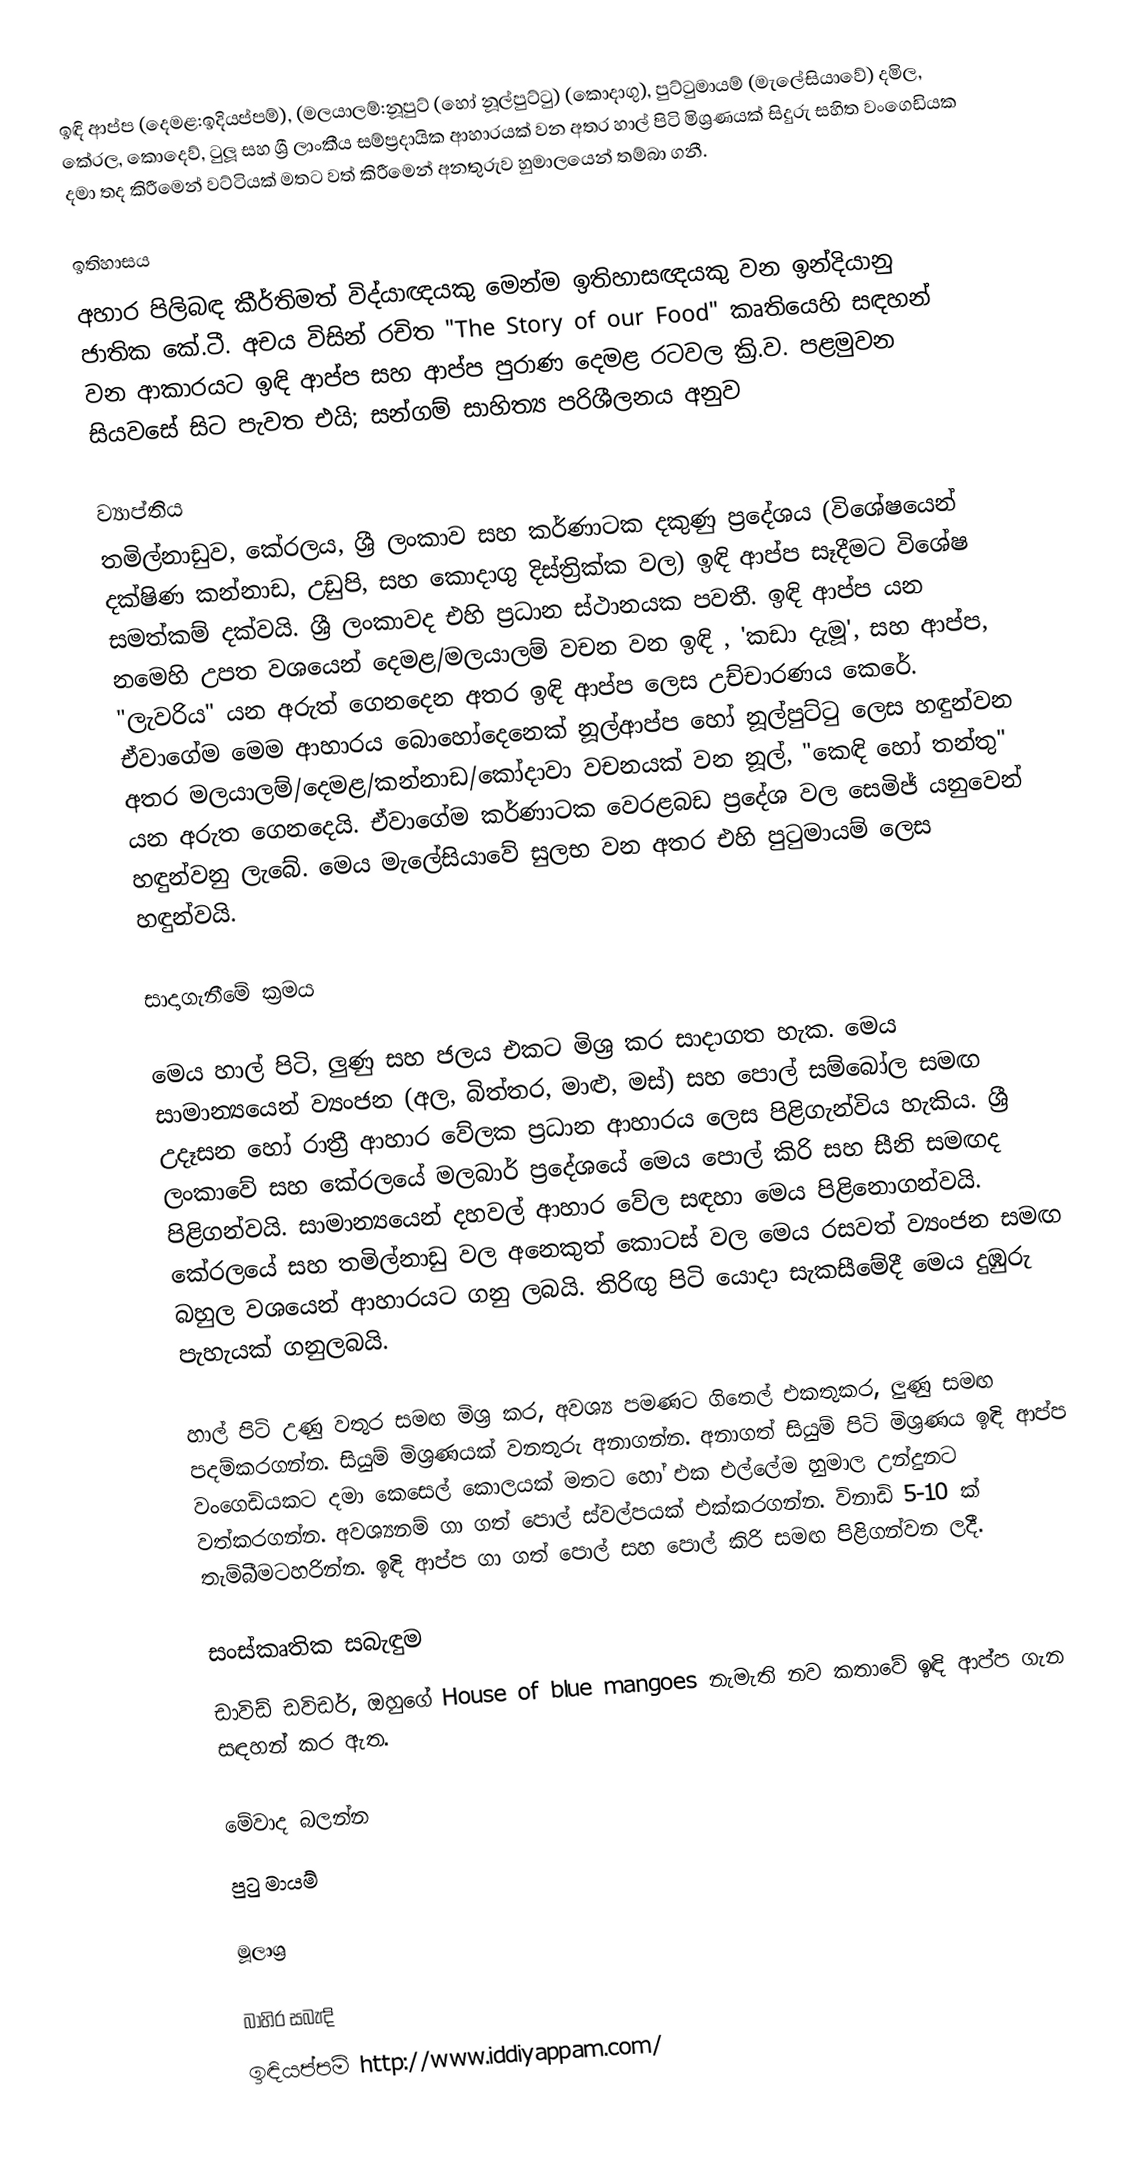
ඉඳි ආප්ප (දෙමළ:ඉදියප්පම්), (මලයාලම්:නූපුට් (හෝ නූල්පුට්ටු) (කොදාගු), පුට්ටුමායම් (මැලේසියාවේ) දමිල, කේරල, කොදෙව්, ටුලූ සහ  ශ්‍රී ලාංකීය සම්ප්‍රදායික  ආහාරයක් වන අතර හාල් පිටි මිශ්‍රණයක් සිදුරු සහිත වංගෙඩියක දමා තද කිරීමෙන් වට්ටියක් මතට වත් කිරීමෙන් අනතුරුව හුමාලයෙන් තම්බා ගනී.

ඉතිහාසය
අහාර පිලිබඳ කීර්තිමත් විද්යාඥයකු මෙන්ම ඉතිහාසඥයකු වන ඉන්දියානු ජාතික කේ.ටී. අචය විසින් රචිත "The Story of our Food" කෘතියෙහි සඳහන් වන ආකාරයට ඉඳි ආප්ප සහ ආප්ප පුරාණ දෙමළ රටවල ක්‍රි.ව. පළමුවන සියවසේ සිට පැවත එයි; සන්ගම් සාහිත්‍ය පරිශීලනය අනුව

ව්‍යාප්තිය
තමිල්නාඩුව, කේරලය, ශ්‍රී ලංකාව සහ කර්ණාටක දකුණු ප්‍රදේශය (විශේෂයෙන් දක්ෂිණ කන්නාඩ, උඩුපි, සහ කොදාගු දිස්ත්‍රික්ක වල) ඉඳි ආප්ප සෑදීමට විශේෂ සමත්කම් දක්වයි. ශ්‍රී ලංකාවද එහි ප්‍රධාන ස්ථානයක පවතී. ඉඳි ආප්ප යන නමෙහි උපත වශයෙන් දෙමළ/මලයාලම් වචන වන ඉඳි , 'කඩා දැමූ', සහ ආප්ප, "ලැවරිය" යන අරුත් ගෙනදෙන අතර ඉඳි ආප්ප ලෙස උච්චාරණය කෙරේ.  ඒවාගේම මෙම ආහාරය බොහෝදෙනෙක් නූල්ආප්ප හෝ නූල්පුට්ටු ලෙස හඳුන්වන අතර මලයාලම්/දෙමළ/කන්නාඩ/කෝදාවා වචනයක් වන නූල්, "කෙඳි හෝ තන්තු" යන අරුත ගෙනදෙයි.  ඒවාගේම කර්ණාටක වෙරළබඩ ප්‍රදේශ වල සෙමිජ් යනුවෙන් හඳුන්වනු  ලැබේ. මෙය මැලේසියාවේ සුලභ වන අතර එහි පුටුමායම් ලෙස හඳුන්වයි.

සාදාගැනීමේ ක්‍රමය

මෙය හාල් පිටි, ලුණු සහ ජලය එකට මිශ්‍ර කර සාදාගත හැක. මෙය සාමාන්‍යයෙන් ව්‍යංජන (අල, බිත්තර, මාළු, මස්) සහ පොල් සම්බෝල සමඟ උදෑසන හෝ රාත්‍රී ආහාර වේලක ප්‍රධාන ආහාරය ලෙස පිළිගැන්විය හැකිය. ශ්‍රී ලංකාවේ සහ කේරලයේ මලබාර් ප්‍රදේශයේ මෙය පොල් කිරි සහ සීනි සමඟද පිළිගන්වයි. සාමාන්‍යයෙන් දහවල් ආහාර වේල සඳහා මෙය පිළිනොගන්වයි.  කේරලයේ සහ තමිල්නාඩු වල අනෙකුත් කොටස් වල මෙය රසවත් ව්‍යංජන සමඟ බහුල වශයෙන් ආහාරයට ගනු ලබයි. තිරිඟු පිටි යොදා සැකසීමේදී මෙය දුඹුරු පැහැයක් ගනුලබයි.

හාල් පිටි උණු වතුර සමඟ මිශ්‍ර කර, අවශ්‍ය පමණට ගිතෙල් එකතුකර, ලුණු සමඟ පදම්කරගන්න. සියුම් මිශ්‍රණයක් වනතුරු අනාගන්න. අනාගත් සියුම් පිටි මිශ්‍රණය ඉඳි ආප්ප වංගෙඩියකට දමා කෙසෙල් කොලයක් මතට හෝ එක එල්ලේම හුමාල උන්දුනට වත්කරගන්න. අවශ්‍යනම් ගා ගත් පොල් ස්වල්පයක් එක්කරගන්න. විනාඩි 5-10 ක් තැම්බීමටහරින්න. ඉඳි ආප්ප ගා ගත් පොල් සහ පොල් කිරි සමඟ පිළිගන්වන ලදී.

සංස්කෘතික සබැඳුම
ඩාවිඩ් ඩවිඩර්, ඔහුගේ House of blue mangoes නැමැති නව කතාවේ ඉඳි ආප්ප ගැන සඳහන් කර ඇත.

මේවාද බලන්න
 පුටු මායම්

මූලාශ්‍ර

බාහිර සබැඳි
 ඉඳියප්පම් http://www.iddiyappam.com/